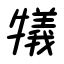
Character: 犠